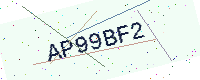
Text: AP99BF2